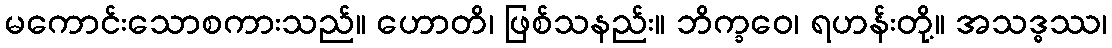
မကောင်းသောစကားသည်။ ဟောတိ၊ ဖြစ်သနည်း။ ဘိက္ခဝေ၊ ရဟန်းတို့။ အသဒ္ဓဿ၊